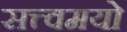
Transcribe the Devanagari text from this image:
सत्त्वमयो